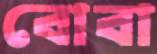
বোবা